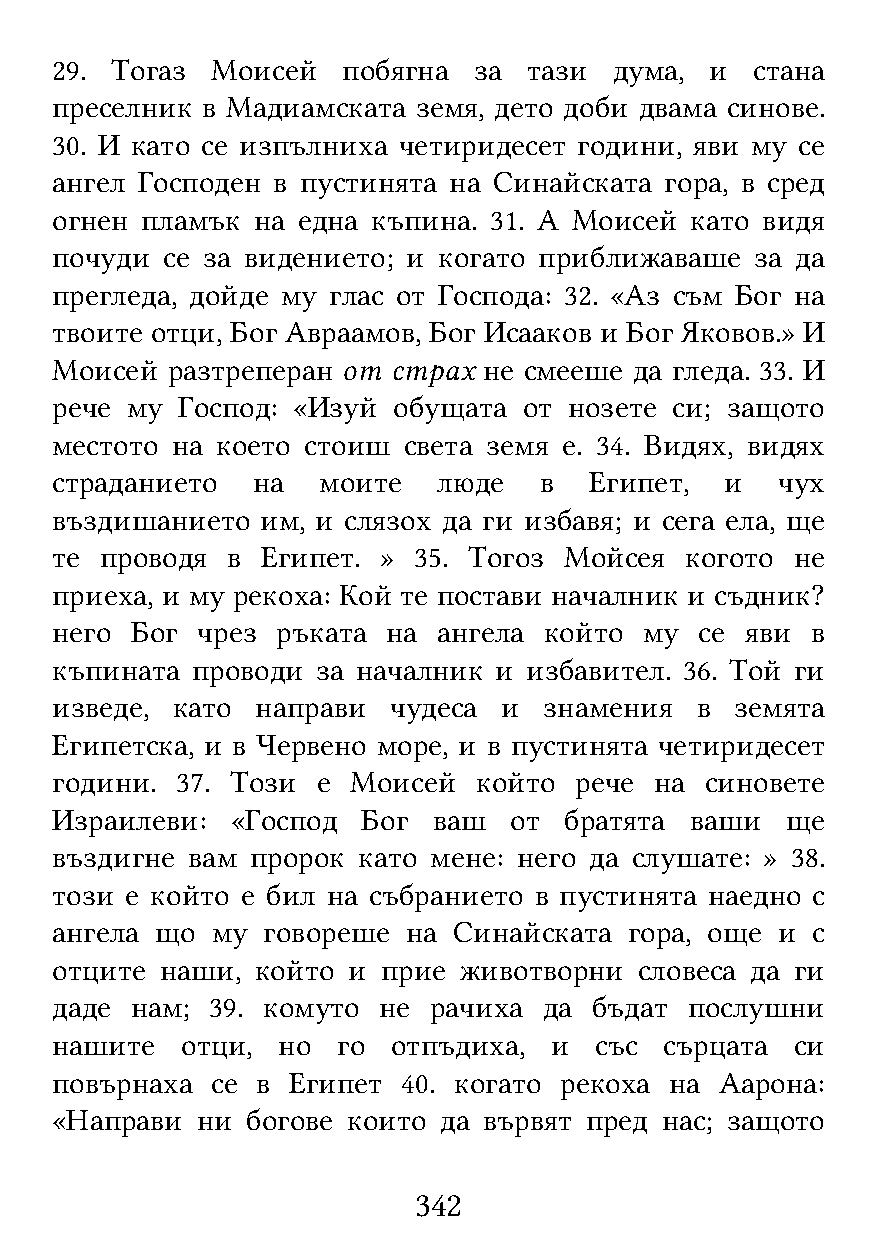
29. Тогаз  Моисей   побягна за  тази  дума, и  стана
 преселник в Мадиамската  земя, дето доби двама синове.
 30. И като се изпълниха четиридесет години, яви му се
 ангел Господен в пустинята на Синайската гора, в сред
 огнен пламък  на една къпина. 31. А Моисей като видя
 почуди  се за видението; и когато приближаваше за да
 прегледа, дойде му глас от Господа: 32. «Аз съм Бог на
 твоите отци, Бог Авраамов, Бог Исааков и Бог Яковов.» И
 Моисей  разтреперан от страх не смееше да гледа. 33. И
 рече му  Господ: «Изуй обущата  от нозете си; защото
 местото на което стоиш  света земя е. 34. Видях, видях
 страданието   на  моите   люде   в  Египет,  и   чух
 въздишанието  им, и слязох да ги избавя; и сега ела, ще
 те  проводя в Египет. » 35. Тогоз Мойсея  когото  не
 приеха, и му рекоха: Кой те постави началник и съдник?
 него  Бог чрез ръката  на ангела който  му се яви  в
 къпината  проводи за началник и избавител. 36. Той ги
 изведе, като  направи  чудеса и  знамения  в  земята
 Египетска, и в Червено море, и в пустинята четиридесет
 години.  37. Този е Моисей   който рече на  синовете
 Израилеви:  «Господ  Бог  ваш  от братята  ваши  ще
 въздигне вам  пророк като мене: него да слушате: » 38.
 този е който е бил на събранието в пустинята наедно с
 ангела що  му говореше  на Синайската  гора, още и с
 отците  наши, който и прие животворни  словеса да ги
 даде  нам; 39. комуто не рачиха  да бъдат  послушни
 нашите   отци, но  го  отпъдиха, и  със  сърцата  си
 повърнаха  се в Египет  40. когато рекоха на Аарона:
 «Направи  ни богове които да вървят пред нас; защото
 342